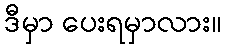
ဒီမှာ ပေးရမှာလား။